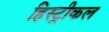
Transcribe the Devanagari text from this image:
हिस्ट्रीकल